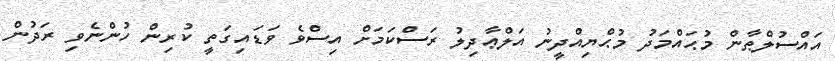
އައްސުލްޠާން މުޙައްމަދު މުޙްޔިއްދީނު އަލްޢާދިލު ރަސްކަމަށް އިސްވެ ވަޑައިގަތީ ކުރިން ހުންނެވި ރަދުން